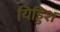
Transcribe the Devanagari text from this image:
यिड्डिश